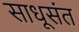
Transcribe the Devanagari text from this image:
साधूसंत